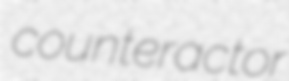
counteractor